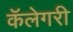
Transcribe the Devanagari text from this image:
कॅलेगरी